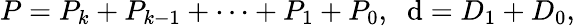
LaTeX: P=P_{k}+P_{k-1}+\cdots+P_{1}+P_{0},\; \; \mathrm{d}=D_{1}+D_{0},